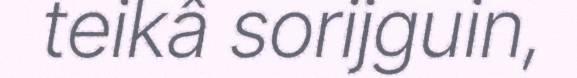
teikâ sorijguin,